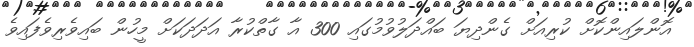
އޮންލައިންކޮށް ކުރިއަށް ގެންދިޔަ ބައްދަލުވުމުގައި 300 އާ ގާތްކުރާ އަދަދަކަށް މީހުން ބައިވެރިވެފައިވެ